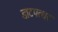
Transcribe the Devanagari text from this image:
डाटपत्थर